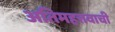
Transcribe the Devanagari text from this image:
अतिमहत्तवाची